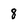
Character: 8